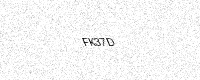
Text: FK37D